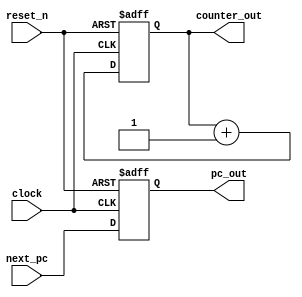
// Copyright (c) 2020, 2021 asfdrwe (asfdrwe@gmail.com)
// SPDX-License-Identifier: MIT
module PC(input wire clock, input wire reset_n,
          input wire [31:0] next_pc,
          output wire [31:0] pc_out, output wire [31:0] counter_out);
  reg [31:0] pc;
  reg [31:0] counter = 32'b0;
  assign pc_out = pc;
  assign counter_out = counter;

  // NEXT PC WRITE BACK and CYCLE COUNTER
  always @(posedge clock or negedge reset_n) begin
   if (!reset_n) begin
      pc <= 32'b0;
      counter <= 32'b0;
    end else begin
      pc <= #1 next_pc; 
      counter <= counter + 1;
    end
  end
endmodule

module INSTMEMORY(input wire clock,
                  input wire [31:0] pc, 
                  output wire [31:0] opcode_1, output wire [31:0] opcode_2, output wire [31:0] opcode_3);
  // INSTRUCTION MEMORY 64KB
  reg [31:0] mem[0:16'h3fff]; // MEMORY 64KB
  initial $readmemh("test.hex", mem); // MEMORY INITIALIZE 
  
  assign opcode_1 = mem[pc[31:2]];
  assign opcode_2 = mem[pc[31:2] + 1];
  assign opcode_3 = mem[pc[31:2] + 2];
endmodule

module PREDECODE(input wire [31:0] tmpopcode1, input wire [31:0] tmpopcode2, input wire [31:0] tmpopcode3, 
                 output wire [31:0] opcode_1, output wire [31:0] opcode_2, output wire [31:0] opcode_3, 
                 output wire [1:0] superscalar);
  // INSTRUCTION OPCODE
  localparam [6:0] RFORMAT       = 7'b0110011;
  localparam [6:0] IFORMAT_ALU   = 7'b0010011;
  localparam [6:0] IFORMAT_LOAD  = 7'b0000011;
  localparam [6:0] SFORMAT       = 7'b0100011;
  localparam [6:0] SBFORMAT      = 7'b1100011;
  localparam [6:0] UFORMAT_LUI   = 7'b0110111;
  localparam [6:0] UFORMAT_AUIPC = 7'b0010111;
  localparam [6:0] UJFORMAT      = 7'b1101111;
  localparam [6:0] IFORMAT_JALR  = 7'b1100111;
  localparam [6:0] ECALLEBREAK   = 7'b1110011;
  localparam [6:0] FENCE         = 7'b0001111;

  wire [6:0] tmpop1, tmpop2, tmpop3;
  wire [4:0] regd_1, regd_2, regd_3;
  wire [4:0] reg1_1, reg2_1, reg1_2, reg2_2, reg1_3, reg2_3;
  assign tmpop1 = tmpopcode1[6:0];
  assign tmpop2 = tmpopcode2[6:0];
  assign tmpop3 = tmpopcode3[6:0];
  assign regd_1 = tmpopcode1[11:7];
  assign regd_2 = tmpopcode2[11:7];
  assign reg1_2 = tmpopcode2[19:15];
  assign reg2_2 = tmpopcode2[24:20];
  assign reg1_3 = tmpopcode3[19:15];
  assign reg2_3 = tmpopcode3[24:20];

  wire isBranch1, isBranch2; 
  wire isMemOp2, isMemOp3; // MEMORY OPERATION ONLY on exec1
  wire isMULDIV2, isMULDIV3; // MULDIV ONLY on exec1 
  wire isRegD_1, isRegD_2, isRegD_3;
  wire isReg1_1, isReg2_1, isReg1_2, isReg2_2, isReg1_3, isReg2_3;
  assign isBranch1 = (tmpop1 == SBFORMAT) || (tmpop1 == UJFORMAT) || (tmpop1 == IFORMAT_JALR) || (tmpop1 == ECALLEBREAK); 
  assign isBranch2 = (tmpop2 == SBFORMAT) || (tmpop2 == UJFORMAT) || (tmpop2 == IFORMAT_JALR) || (tmpop2 == ECALLEBREAK); 
  assign isMemOp2 = (tmpop2 == SFORMAT) || (tmpop2 == IFORMAT_LOAD);
  assign isMemOp3 = (tmpop3 == SFORMAT) || (tmpop3 == IFORMAT_LOAD);
  assign isMULDIV2 = (tmpop2 == RFORMAT) && (tmpopcode2[25] == 1'b1);
  assign isMULDIV3 = (tmpop3 == RFORMAT) && (tmpopcode3[25] == 1'b1);
  assign isRegD_1 = (regd_1 != 5'b0) &&
                  ((tmpop1 == RFORMAT) || (tmpop1 == IFORMAT_ALU) || (tmpop1 == IFORMAT_LOAD) || (tmpop1 == UFORMAT_LUI) || 
                   (tmpop1 == UFORMAT_AUIPC) || (tmpop1 == UJFORMAT) || (tmpop1 == IFORMAT_JALR));
  assign isRegD_2 = (regd_2 != 5'b0) &&
                  ((tmpop2 == RFORMAT) || (tmpop2 == IFORMAT_ALU) || (tmpop2 == IFORMAT_LOAD) || (tmpop2 == UFORMAT_LUI) || 
                   (tmpop2 == UFORMAT_AUIPC) || (tmpop2 == UJFORMAT) || (tmpop2 == IFORMAT_JALR));
  assign isReg1_2 = (reg1_2 != 5'b0) &&
                  ((tmpop2 == RFORMAT) || (tmpop2 == IFORMAT_ALU) || (tmpop2 == IFORMAT_LOAD) || (tmpop2 == SFORMAT) || 
                   (tmpop2 == SBFORMAT) || (tmpop2 == IFORMAT_JALR));
  assign isReg2_2 = (reg2_2 != 5'b0) &&
                  ((tmpop2 == RFORMAT) || (tmpop2 == SFORMAT) || (tmpop2 == SBFORMAT));
  assign isReg1_3 = (reg1_3 != 5'b0) &&
                  ((tmpop3 == RFORMAT) || (tmpop3 == IFORMAT_ALU) || (tmpop3 == IFORMAT_LOAD) || (tmpop3 == SFORMAT) || 
                   (tmpop3 == SBFORMAT) || (tmpop3 == IFORMAT_JALR));
  assign isReg2_3 = (reg2_3 != 5'b0) &&
                  ((tmpop3 == RFORMAT) || (tmpop3 == SFORMAT) || (tmpop3 == SBFORMAT));

  assign superscalar = (!isBranch1 && !isBranch2 && // not BRANCH on 1,2
                        !isMemOp2 && !isMemOp3 && // not MemOP on 2,3
                        !isMULDIV2 && !isMULDIV3 && // not MULDIV on 2,3
                        (!isRegD_1 || (!isReg1_2 || (regd_1 != reg1_2)) && (!isReg2_2 || (regd_1 != reg2_2))) && // not REGISTER DEPENDANCY 1-2
                        (!isRegD_1 || (!isReg1_3 || (regd_1 != reg1_3)) && (!isReg2_3 || (regd_1 != reg2_3))) && // not REGISTER DEPENDANCY 1-3
                        (!isRegD_2 || (!isReg1_3 || (regd_2 != reg1_3)) && (!isReg2_3 || (regd_2 != reg2_3)))) ? 2'b10 : // not REGISTER DEPENDANCY 2-3
                        (!isBranch1 && // not BRANCH1
                        !isMemOp2 && // not MemOP2
                        !isMULDIV2 && // not MULDIV on 2
                        (!isRegD_1 || (!isReg1_2 || (regd_1 != reg1_2)) && (!isReg2_2 || (regd_1 != reg2_2)))) ? 2'b01 : // not REGISTER DEPENDANCY 1-2
                        2'b00;

  assign opcode_1 = tmpopcode1;
  assign opcode_2 = ((superscalar == 2'b10) || (superscalar == 2'b01)) ? tmpopcode2 : 32'b0;
  assign opcode_3 = (superscalar == 2'b10) ? tmpopcode3 : 32'b0;
endmodule

module DECODE(input wire [31:0] opcode, 
              output wire [4:0] r_addr1, output wire [4:0] r_addr2, output wire [4:0] w_addr, output wire [31:0] imm, 
              output wire [4:0] alucon, output wire [2:0] funct3, output wire op1sel, output wire op2sel,
              output wire mem_rw, output wire rf_wen, output wire [1:0] wb_sel, output wire [1:0] pc_sel);
  wire [6:0] op;
  assign op = opcode[6:0];

  localparam [6:0] RFORMAT       = 7'b0110011;
  localparam [6:0] IFORMAT_ALU   = 7'b0010011;
  localparam [6:0] IFORMAT_LOAD  = 7'b0000011;
  localparam [6:0] SFORMAT       = 7'b0100011;
  localparam [6:0] SBFORMAT      = 7'b1100011;
  localparam [6:0] UFORMAT_LUI   = 7'b0110111;
  localparam [6:0] UFORMAT_AUIPC = 7'b0010111;
  localparam [6:0] UJFORMAT      = 7'b1101111;
  localparam [6:0] IFORMAT_JALR  = 7'b1100111;
  localparam [6:0] ECALLEBREAK   = 7'b1110011;
  localparam [6:0] FENCE         = 7'b0001111;

  assign r_addr1 = (op == UFORMAT_LUI) ? 5'b0 : opcode[19:15];
  assign r_addr2 = opcode[24:20];
  assign w_addr =  opcode[11:7];

  assign imm[31:20] = ((op == UFORMAT_LUI) || (op == UFORMAT_AUIPC)) ? opcode[31:20] : {12{opcode[31]}};
  assign imm[19:12] = ((op == UFORMAT_LUI) || (op == UFORMAT_AUIPC) || (op == UJFORMAT)) ? opcode[19:12] :  {8{opcode[31]}};
  assign imm[11] = (op == SBFORMAT) ? opcode[7] :
                   ((op == UFORMAT_LUI) || (op == UFORMAT_AUIPC)) ? 1'b0 :
                   (op == UJFORMAT) ? opcode[20] : 
                                      opcode[31];
  assign imm[10:5] = ((op == UFORMAT_LUI) || (op == UFORMAT_AUIPC)) ? 6'b0 : opcode[30:25];
  assign imm[4:1] = ((op == IFORMAT_ALU) || (op == IFORMAT_LOAD) || (op == IFORMAT_JALR) || (op == UJFORMAT)) ? opcode[24:21] :
		    ((op == SFORMAT) || (op == SBFORMAT)) ? opcode[11:8] : 
		                                            4'b0;
  assign imm[0] = ((op == IFORMAT_ALU) || (op == IFORMAT_LOAD) || (op == IFORMAT_JALR)) ? opcode[20] :
		  (op == SFORMAT) ? opcode[7] : 
		                    1'b0;
  assign alucon = (op == RFORMAT) ? {opcode[30], opcode[25], opcode[14:12]} :
                  ((op == IFORMAT_ALU) && (opcode[14:12] == 3'b101)) ? {opcode[30], opcode[25], opcode[14:12]} : // SRLI or SRAI
                  (op == IFORMAT_ALU) ? {2'b00, opcode[14:12]} : 5'b0;
  assign funct3 = opcode[14:12];
  assign op1sel = ((op == SBFORMAT) || (op == UFORMAT_AUIPC) || (op == UJFORMAT)) ? 1'b1 : 1'b0;
  assign op2sel = (op == RFORMAT) ? 1'b0 : 1'b1;
  assign mem_rw = (op == SFORMAT) ? 1'b1 : 1'b0;
  assign wb_sel = (op == IFORMAT_LOAD) ? 2'b01 :
                  ((op == UJFORMAT) || (op == IFORMAT_JALR)) ? 2'b10 : 
                                                               2'b00;
  wire isShift;
  assign isShift = ({opcode[31:25], opcode[14:12]} == 10'b00000_00_001) || ({opcode[31], opcode[29:25], opcode[14:12]} == 9'b0_000_00_101);
  wire isALUIOP;
  assign isALUIOP = (opcode[14:12] == 3'b000) || (opcode[14:12] == 3'b010) || (opcode[14:12] == 3'b011) || (opcode[14:12] == 3'b100) || (opcode[14:12] == 3'b110) || (opcode[14:12] == 3'b111);
  assign rf_wen = (((op == RFORMAT) && ({opcode[31], opcode[29:26]} == 5'b00000)) ||
                   ((op == IFORMAT_ALU) && (isShift || isALUIOP)) ||
                    (op == IFORMAT_LOAD) || (op == UFORMAT_LUI) || (op == UFORMAT_AUIPC) || (op == UJFORMAT) || (op == IFORMAT_JALR)) ? 1'b1 : 
                                                                                                                                        1'b0;
  assign pc_sel = (op == SBFORMAT) ? 2'b01 :
                  ((op == UJFORMAT) || (op == IFORMAT_JALR) || (op == ECALLEBREAK)) ? 2'b10 : 
                                                                                      2'b00;
endmodule

module REGISTER(input wire clock,
                input wire rf_wen_1, input wire [4:0] w_addr_1, input wire [4:0] r_addr1_1, input wire [4:0] r_addr2_1,
                input wire [31:0] w_data_1, 
                output wire [31:0] r_data1_1, output wire [31:0] r_data2_1,
                input wire rf_wen_2, input wire [4:0] w_addr_2, input wire [4:0] r_addr1_2, input wire [4:0] r_addr2_2,
                input wire [31:0] w_data_2, 
                output wire [31:0] r_data1_2, output wire [31:0] r_data2_2,
                input wire rf_wen_3, input wire [4:0] w_addr_3, input wire [4:0] r_addr1_3, input wire [4:0] r_addr2_3,
                input wire [31:0] w_data_3, 
                output wire [31:0] r_data1_3, output wire [31:0] r_data2_3);
  // REGISTER 32bit x 32
  reg [31:0] regs[0:31];

  // REGISTER READ 1
  assign r_data1_1 = (r_addr1_1 == 5'b00000) ? 32'b0 : regs[r_addr1_1]; 
  assign r_data2_1 = (r_addr2_1 == 5'b00000) ? 32'b0 : regs[r_addr2_1]; 

  // REGISTER READ 2
  assign r_data1_2 = (r_addr1_2 == 5'b00000) ? 32'b0 : regs[r_addr1_2]; 
  assign r_data2_2 = (r_addr2_2 == 5'b00000) ? 32'b0 : regs[r_addr2_2]; 

  // REGISTER READ 3
  assign r_data1_3 = (r_addr1_3 == 5'b00000) ? 32'b0 : regs[r_addr1_3]; 
  assign r_data2_3 = (r_addr2_3 == 5'b00000) ? 32'b0 : regs[r_addr2_3]; 

  always @(posedge clock) begin
    // intentionally blocking assignment
    if (rf_wen_1 && (w_addr_1 != 5'b00000))
      regs[w_addr_1] = w_data_1;
    if (rf_wen_2 && (w_addr_2 != 5'b00000))
      regs[w_addr_2] = w_data_2;
    if (rf_wen_3 && (w_addr_3 != 5'b00000))
      regs[w_addr_3] = w_data_3;
  end
endmodule

module ALU(input wire [4:0] alucon, input wire op1sel, input wire op2sel, 
           input wire [31:0] r_data1, input wire [31:0] pc, input wire [31:0] r_data2, input wire [31:0] imm,
           output wire [31:0] alu_data);
  // SELECTOR  
  wire [31:0] s_data1, s_data2;
  assign s_data1 = (op1sel == 1'b1) ? pc : r_data1;
  assign s_data2 = (op2sel == 1'b1) ? imm : r_data2;

  reg [63:0] tmpalu;

  function [31:0] ALU_EXEC(input [4:0] control, input [31:0] data1, input [31:0] data2);
    case(control)
    5'b00000: // ADD ADDI (ADD)
      ALU_EXEC = data1 + data2;
    5'b10000: // SUB (SUB)
      ALU_EXEC = data1 - data2;
    5'b00001: // SLL SLLI (SHIFT LEFT (LOGICAL))
      ALU_EXEC = data1 << data2[4:0];
    5'b00010: // SLT SLTI (SET_ON_LESS_THAN (SIGNED))
      ALU_EXEC = ($signed(data1) < $signed(data2)) ? 32'b1 :32'b0;
    5'b00011: // SLTU SLTUI (SET_ON_LESS_THAN (UNSIGNED))
      ALU_EXEC = (data1 < data2) ? 32'b1 :32'b0;
    5'b00100: // XOR XORI (XOR)
      ALU_EXEC = data1 ^ data2;
    5'b00101: // SRL SRLI (SHIFT RIGHT (LOGICAL))
      ALU_EXEC = data1 >> data2[4:0];
    5'b10101: // SRA SRAI (SHIFT RIGHT (ARITHMETIC))
      ALU_EXEC = $signed(data1[31:0]) >>> data2[4:0];
    5'b00110: // OR ORI (OR)
      ALU_EXEC = data1 | data2;
    5'b00111: // AND ANDI (AND)
      ALU_EXEC = data1 & data2;
    5'b01000: // MUL (MULTIPLE)
      ALU_EXEC = data1 * data2;
    5'b01001: begin // MULH (MULTIPLE)
      tmpalu = $signed(data1) * $signed(data2);
      ALU_EXEC = $signed(tmpalu) >>> 32;
    end
    5'b01010: begin // MULHSU (MULTIPLE)
      tmpalu = $signed(data1) * $signed({1'b0, data2});
      ALU_EXEC = tmpalu >> 32;
    end
    5'b01011: begin // MULHU (MULTIPLE)
      tmpalu = data1 * data2;
      ALU_EXEC = tmpalu >> 32;
    end
    5'b01100: // DIV (DIVIDE)
      ALU_EXEC = (data2 == 32'b0) ? 32'hffff_ffff : 
                 ((data1 == 32'h8000_0000) && (data2 == 32'hffff_ffff)) ? 32'h8000_0000 : 
                                                                          $signed($signed(data1) / $signed(data2));
    5'b01101: // DIVU (DIVIDE)
      ALU_EXEC = (data2 == 32'b0) ? 32'hffff_ffff : (data1 / data2);
    5'b01110: // REM (DIVIDE REMINDER)
      ALU_EXEC = (data2 == 32'b0) ? data1 : 
                 ((data1 == 32'h8000_0000) && (data2 == 32'hffff_ffff)) ? 32'h0 : 
                                                                          $signed($signed(data1) % $signed(data2));
    5'b01111: // REMU (DIVIDE REMINDER)
      ALU_EXEC = (data2 == 32'b0) ? data1 : (data1 % data2);
    default: // ILLEGAL
      ALU_EXEC = 32'b0;
    endcase
  endfunction
  
  assign alu_data = ALU_EXEC(alucon, s_data1, s_data2);
endmodule

module ALU_NOMULDIV(input wire [3:0] alucon, input wire op1sel, input wire op2sel, 
           input wire [31:0] r_data1, input wire [31:0] pc, input wire [31:0] r_data2, input wire [31:0] imm,
           output wire [31:0] alu_data);
  // SELECTOR  
  wire [31:0] s_data1, s_data2;
  assign s_data1 = (op1sel == 1'b1) ? pc : r_data1;
  assign s_data2 = (op2sel == 1'b1) ? imm : r_data2;

  reg [63:0] tmpalu;

  function [31:0] ALU_EXEC(input [4:0] control, input [31:0] data1, input [31:0] data2);
    case(control)
    4'b0000: // ADD ADDI (ADD)
      ALU_EXEC = data1 + data2;
    4'b1000: // SUB (SUB)
      ALU_EXEC = data1 - data2;
    4'b0001: // SLL SLLI (SHIFT LEFT (LOGICAL))
      ALU_EXEC = data1 << data2[4:0];
    4'b0010: // SLT SLTI (SET_ON_LESS_THAN (SIGNED))
      ALU_EXEC = ($signed(data1) < $signed(data2)) ? 32'b1 :32'b0;
    4'b0011: // SLTU SLTUI (SET_ON_LESS_THAN (UNSIGNED))
      ALU_EXEC = (data1 < data2) ? 32'b1 :32'b0;
    4'b0100: // XOR XORI (XOR)
      ALU_EXEC = data1 ^ data2;
    4'b0101: // SRL SRLI (SHIFT RIGHT (LOGICAL))
      ALU_EXEC = data1 >> data2[4:0];
    4'b1101: // SRA SRAI (SHIFT RIGHT (ARITHMETIC))
      ALU_EXEC = $signed(data1[31:0]) >>> data2[4:0];
    4'b0110: // OR ORI (OR)
      ALU_EXEC = data1 | data2;
    4'b0111: // AND ANDI (AND)
      ALU_EXEC = data1 & data2;
    default: // ILLEGAL
      ALU_EXEC = 32'b0;
    endcase
  endfunction
  
  assign alu_data = ALU_EXEC(alucon, s_data1, s_data2);
endmodule

module BRANCH(input wire [2:0] funct3, input [1:0] pc_sel,
           input wire [31:0] r_data1, input wire [31:0] r_data2, 
           output wire pc_sel2);
  function BRANCH_EXEC( input [2:0] branch_op, input [31:0] data1, input [31:0] data2, input [1:0] pc_sel);
    case(pc_sel)
    2'b00: // PC + 4
      BRANCH_EXEC = 1'b0;
    2'b01: begin // BRANCH
      case(branch_op)
      3'b000: // BEQ
        BRANCH_EXEC = (data1 == data2) ? 1'b1 : 1'b0;
      3'b001: // BNE
        BRANCH_EXEC = (data1 != data2) ? 1'b1 : 1'b0;
      3'b100: // BLT
        BRANCH_EXEC = ($signed(data1) < $signed(data2)) ? 1'b1 : 1'b0;
      3'b101: // BGE
        BRANCH_EXEC = ($signed(data1) >= $signed(data2)) ? 1'b1 : 1'b0;
      3'b110: // BLTU
        BRANCH_EXEC = (data1 < data2) ? 1'b1 : 1'b0;
      3'b111: // BGEU
        BRANCH_EXEC = (data1 >= data2) ? 1'b1 : 1'b0;
      default: // ILLEGAL
        BRANCH_EXEC = 1'b0;
      endcase
    end 
    2'b10: // JAL JALR
      BRANCH_EXEC = 1'b1;
    default: // ILLEGAL
      BRANCH_EXEC = 1'b0;
    endcase
  endfunction

  assign pc_sel2 = BRANCH_EXEC(funct3, r_data1, r_data2, pc_sel); 
endmodule

module DATAMEMORY(input clock,
              input wire mem_rw, input wire [2:0] mem_val, input wire [31:0] mem_addr, input wire [31:0] store_data,
              input wire [31:0] counter, output wire [8:0] uart_out,
              output wire [31:0] read_data);

  localparam [31:0] UART_MMIO_ADDR = 32'h0000_fff0; // ADDRESS 0xfff0 for UART DATA
  localparam [31:0] UART_MMIO_FLAG = 32'h0000_fff1; // ADDRESS 0xfff1 for UART FLAG
  localparam [31:0] COUNTER_MMIO_ADDR = 32'h0000_fff4; // ADDRESS 0xfff4 for COUNTER_MMIO_ADDR
  
  // UART
  reg [8:0] uart = 9'b0; // uart[8] for output sign, uart[7:0] for data1
  assign uart_out = uart;

  // DATA MEMORY 64KB 
  reg [31:0] mem[0:16'h3fff]; // MEMORY 64KB
  initial $readmemh("test.hex", mem); // MEMORY INITIALIZE 
  
  // MEMORY READ
  assign read_data = (mem_rw == 1'b1) ? 32'b0 : // when MEMORY WRITE, the output from MEMORY is 32'b0
		     ((mem_val == 3'b010) && (mem_addr == COUNTER_MMIO_ADDR)) ? counter : // MEMORY MAPPED IO for CLOCK CYCLE COUNTER
		     ((mem_val[1:0] == 2'b00) && (mem_addr == UART_MMIO_FLAG)) ? 8'b1 : // MEMORY MAPPED IO for UART FLAG(always enabled(8'b1))
                     ((mem_val == 3'b000) && (mem_addr[1:0] == 2'b00)) ? {{24{mem[mem_addr[31:2]][7]}},  mem[mem_addr[31:2]][7:0]} :  // LB
                     ((mem_val == 3'b000) && (mem_addr[1:0] == 2'b01)) ? {{24{mem[mem_addr[31:2]][15]}}, mem[mem_addr[31:2]][15:8]} : // LB
                     ((mem_val == 3'b000) && (mem_addr[1:0] == 2'b10)) ? {{24{mem[mem_addr[31:2]][23]}}, mem[mem_addr[31:2]][23:16]} : // LB
                     ((mem_val == 3'b000) && (mem_addr[1:0] == 2'b11)) ? {{24{mem[mem_addr[31:2]][31]}}, mem[mem_addr[31:2]][31:24]} : // LB
                     ((mem_val == 3'b001) && (mem_addr[1:0] == 2'b00)) ? {{16{mem[mem_addr[31:2]][15]}}, mem[mem_addr[31:2]][15:0]}  : // LH
                     ((mem_val == 3'b001) && (mem_addr[1:0] == 2'b10)) ? {{16{mem[mem_addr[31:2]][31]}}, mem[mem_addr[31:2]][31:16]} : // LH
                     ((mem_val == 3'b010) && (mem_addr[1:0] == 2'b00)) ? mem[mem_addr[31:2]] : // LW
                     ((mem_val == 3'b100) && (mem_addr[1:0] == 2'b00)) ? {24'h000000, mem[mem_addr[31:2]][7:0]} :  // LBU
                     ((mem_val == 3'b100) && (mem_addr[1:0] == 2'b01)) ? {24'h000000, mem[mem_addr[31:2]][15:8]} : // LBU
                     ((mem_val == 3'b100) && (mem_addr[1:0] == 2'b10)) ? {24'h000000, mem[mem_addr[31:2]][23:16]} : // LBU
                     ((mem_val == 3'b100) && (mem_addr[1:0] == 2'b11)) ? {24'h000000, mem[mem_addr[31:2]][31:24]} : // LBU
                     ((mem_val == 3'b101) && (mem_addr[1:0] == 2'b00)) ? {16'h0000, mem[mem_addr[31:2]][15:0]}  : // LHU
                     ((mem_val == 3'b101) && (mem_addr[1:0] == 2'b10)) ? {16'h0000, mem[mem_addr[31:2]][31:16]} : // LHU
                                                                        32'b0;
  // MEMORY WRITE
  always @(posedge clock) begin
    if (mem_rw == 1'b1) begin
      case (mem_val)
        3'b000: begin // SB
          case (mem_addr[1:0]) 
            2'b00: 
              mem[mem_addr[31:2]][7:0] <= #1 store_data[7:0];
            2'b01: 
              mem[mem_addr[31:2]][15:8] <= #1 store_data[7:0];
            2'b10: 
              mem[mem_addr[31:2]][23:16] <= #1 store_data[7:0];
            2'b11: 
              mem[mem_addr[31:2]][31:24] <= #1 store_data[7:0];
          endcase
        end
        3'b001: begin // SH
          case (mem_addr[1:0]) 
            2'b00: 
              mem[mem_addr[31:2]][15:0] <= #1 store_data[15:0];
            2'b10: 
              mem[mem_addr[31:2]][31:16] <= #1 store_data[15:0];
            default: begin end // misaligned
          endcase
        end
        3'b010: // SW
          if (mem_addr[1:0] == 2'b00)
            mem[mem_addr[31:2]] <= #1 store_data;
          else begin end // misaligned
        default: begin end // ILLEGAL
      endcase
    end
    // MEMORY MAPPED IO to UART
    if ((mem_rw == 1'b1) && (mem_addr == UART_MMIO_ADDR)) begin
      uart <= #1 {1'b1, store_data[7:0]};
    end else begin
      uart <= #1 9'b0;
    end
  end
endmodule

module RV32IM(input wire clock, input wire reset_n, 
              output wire [31:0] pc_out, output wire [95:0] op_out, output wire [95:0] alu_out, output wire [8:0] uart_out);
  // PROGRAM COUNTER & CYCLE COUNTER
  wire [31:0] pc, next_pc;
  wire [31:0] counter;
  PC pc1(clock, reset_n, next_pc, pc, counter);
  assign pc_out = pc; // for DEBUG

  // UART OUTPUT
  wire [8:0] uart;
  assign uart_out = uart;

  // FETCH
  wire [31:0] opcode_1, opcode_2, opcode_3;
  wire [31:0] tmpopcode1, tmpopcode2,tmpopcode3;
  INSTMEMORY imem(clock, pc, tmpopcode1, tmpopcode2, tmpopcode3);

  // PREDECODE
  wire [1:0] superscalar;
  PREDECODE pre(tmpopcode1, tmpopcode2, tmpopcode3, opcode_1, opcode_2, opcode_3, superscalar);
  assign op_out = {opcode_3, opcode_2, opcode_1}; // for DEBUG

  // DECODE
  
  // DECODE 1
  wire [4:0] r_addr1_1, r_addr2_1, w_addr_1;
  wire [31:0] imm_1;
  wire [4:0] alucon_1;
  wire [2:0] funct3_1;
  wire op1sel_1, op2sel_1, mem_rw_1, rf_wen_1;
  wire [1:0] wb_sel_1, pc_sel_1;

  wire [31:0] pc_1;
  assign pc_1 = pc;
  
  DECODE dec1(opcode_1, r_addr1_1, r_addr2_1, w_addr_1, imm_1, alucon_1, funct3_1, op1sel_1, op2sel_1, mem_rw_1, rf_wen_1, wb_sel_1, pc_sel_1);
  
  // DECODE 2
  wire [4:0] r_addr1_2, r_addr2_2, w_addr_2;
  wire [31:0] imm_2;
  wire [4:0] alucon_2;
  wire [2:0] funct3_2;
  wire op1sel_2, op2sel_2, mem_rw_2, rf_wen_2;
  wire [1:0] wb_sel_2, pc_sel_2;

  wire [31:0] pc_2;
  assign pc_2 = pc + 4;
  
  DECODE dec2(opcode_2, r_addr1_2, r_addr2_2, w_addr_2, imm_2, alucon_2, funct3_2, op1sel_2, op2sel_2, mem_rw_2, rf_wen_2, wb_sel_2, pc_sel_2);

  // DECODE 3
  wire [4:0] r_addr1_3, r_addr2_3, w_addr_3;
  wire [31:0] imm_3;
  wire [4:0] alucon_3;
  wire [2:0] funct3_3;
  wire op1sel_3, op2sel_3, mem_rw_3, rf_wen_3;
  wire [1:0] wb_sel_3, pc_sel_3;

  wire [31:0] pc_3;
  assign pc_3 = pc + 8;
  
  DECODE dec3(opcode_3, r_addr1_3, r_addr2_3, w_addr_3, imm_3, alucon_3, funct3_3, op1sel_3, op2sel_3, mem_rw_3, rf_wen_3, wb_sel_3, pc_sel_3);
  
  // EXECUTION
  
  // REGISTER
  wire [31:0] w_data_1, r_data1_1, r_data2_1;  
  wire [31:0] w_data_2, r_data1_2, r_data2_2;
  wire [31:0] w_data_3, r_data1_3, r_data2_3;
    
  REGISTER regs(clock, rf_wen_1, w_addr_1, r_addr1_1, r_addr2_1, w_data_1, r_data1_1, r_data2_1, 
                       rf_wen_2, w_addr_2, r_addr1_2, r_addr2_2, w_data_2, r_data1_2, r_data2_2, 
                       rf_wen_3, w_addr_3, r_addr1_3, r_addr2_3, w_data_3, r_data1_3, r_data2_3);
  
  // ALU 1
  wire [31:0] alu_data_1;
  ALU alu1(alucon_1, op1sel_1, op2sel_1, r_data1_1, pc_1, r_data2_1, imm_1, alu_data_1);
  
  // BRANCH 1
  wire pc_sel2_1;
  BRANCH branch1(funct3_1, pc_sel_1, r_data1_1, r_data2_1, pc_sel2_1);
  
  // ALU 2
  wire [31:0] alu_data_2;
  ALU_NOMULDIV alu2({alucon_2[4],alucon_2[2:0]}, op1sel_2, op2sel_2, r_data1_2, pc_2, r_data2_2, imm_2, alu_data_2);
  
  // BRANCH 2
  wire pc_sel2_2;
  BRANCH branch2(funct3_2, pc_sel_2, r_data1_2, r_data2_2, pc_sel2_2);

  // ALU 3
  wire [31:0] alu_data_3;
  ALU_NOMULDIV alu3({alucon_3[4],alucon_3[2:0]}, op1sel_3, op2sel_3, r_data1_3, pc_3, r_data2_3, imm_3, alu_data_3);
  
  // BRANCH 3
  wire pc_sel2_3;
  BRANCH branch3(funct3_3, pc_sel_3, r_data1_3, r_data2_3, pc_sel2_3);
  
  assign alu_out = {alu_data_3, alu_data_2, alu_data_1}; // for DEBUG

  // MEMORY
  
  // MEMORY 
  wire [31:0] mem_data_1;            
  DATAMEMORY mem1(clock, mem_rw_1, funct3_1, alu_data_1, r_data2_1, counter, uart, mem_data_1);

  // WRITE BACK

  // REGISTER WRITE BACK 1
  assign w_data_1 = (wb_sel_1 == 2'b00) ? alu_data_1 : 
                    (wb_sel_1 == 2'b01) ? mem_data_1 :
                    (wb_sel_1 == 2'b10) ? pc_1 + 4 : 
                                          32'b0; // ILLEGAL
  // REGISTER WRITE BACK 2
  assign w_data_2 = (wb_sel_2 == 2'b00) ? alu_data_2 : 
                    (wb_sel_2 == 2'b10) ? pc_2 + 4 : 
                                          32'b0; // ILLEGAL

  // REGISTER WRITE BACK 3
  assign w_data_3 = (wb_sel_3 == 2'b00) ? alu_data_3 : 
                    (wb_sel_3 == 2'b10) ? pc_3 + 4 : 
                                          32'b0; // ILLEGAL
  // NEXT PC
  assign next_pc = (superscalar == 2'b10) ? (pc_sel2_3 == 1'b1) ? {alu_data_3[31:1], 1'b0} : pc + 12 :
                   (superscalar == 2'b01) ? (pc_sel2_2 == 1'b1) ? {alu_data_2[31:1], 1'b0} : pc +  8 :
					    (pc_sel2_1 == 1'b1) ? {alu_data_1[31:1], 1'b0} : pc +  4 ;
endmodule